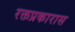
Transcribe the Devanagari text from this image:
रक्तप्रकारास